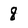
Character: 8